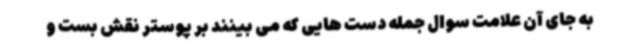
به جای آن علامت سوال جمله دست هایی که می بینند بر پوستر نقش بست و